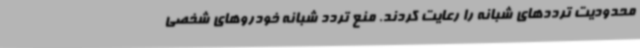
محدودیت‌ ترددهای شبانه را رعایت کردند. منع تردد شبانه خودروهای شخصی